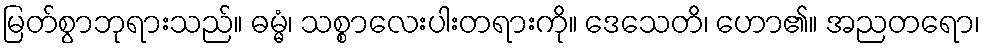
မြတ်စွာဘုရားသည်။ ဓမ္မံ၊ သစ္စာလေးပါးတရားကို။ ဒေသေတိ၊ ဟော၏။ အညတရော၊